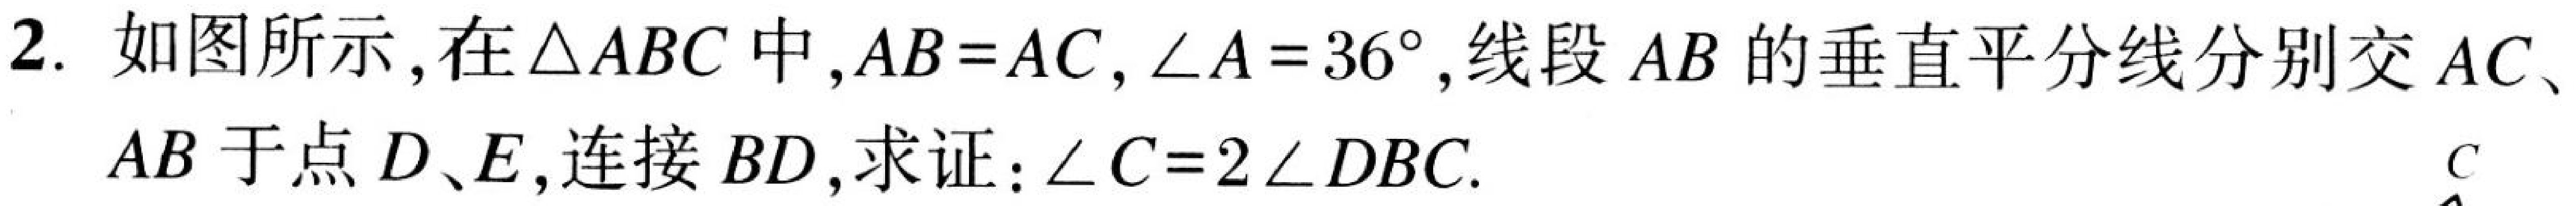
2. 如图所示，在\(\triangle ABC\) 中，\(AB = AC\)，\(\angle A = 36^{\circ}\)，线段 \(AB\) 的垂直平分线分别交 \(AC\)、\(AB\) 于点 \(D\)、\(E\)，连接 \(BD\)，求证：\(\angle C = 2\angle DBC\)．